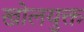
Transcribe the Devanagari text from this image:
खोलयुक्त